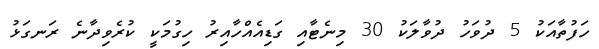
ހަފުތާއަކު 5 ދުވަހު ދުވާލަކު 30 މިނެޓާއި ގަޑިއެއްހާއިރު ހިގުމަކީ ކުރެވިދާނެ ރަނގަޅު